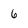
Character: 6